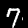
Digit: 7